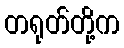
တရုတ်တို့က